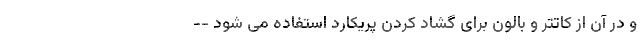
و در آن از کاتتر و بالون برای گشاد کردن پریکارد استفاده می شود --